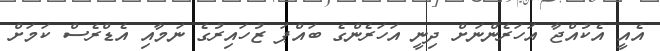
އެއީ އެކުއްޖާ އަހަރެންނަށް ދިނީ އަހަރެންގެ ބައްޕަ ޒުހައިރުގެ ނަމާއި އެޑްރެސް ކަަމަށް